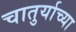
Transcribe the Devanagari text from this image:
चातुर्याच्या